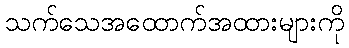
သက်သေအထောက်အထားများကို